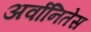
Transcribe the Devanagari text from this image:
अर्वानितेस